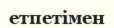
етпетімен